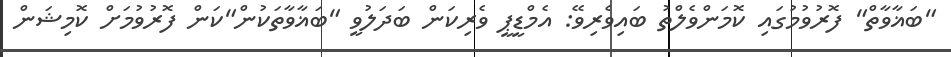
"ބަޣާވާތް" ފޮރުވުމުގައި ކޮމަންވެލްތު ބައިވެރިވޭ: އެމްޑީޕީ ވެރިކަން ބަދަލުވީ "ބަޣާވާތަކުން"ކަން ފޮރުވުމަށް ކޮމިޝަން